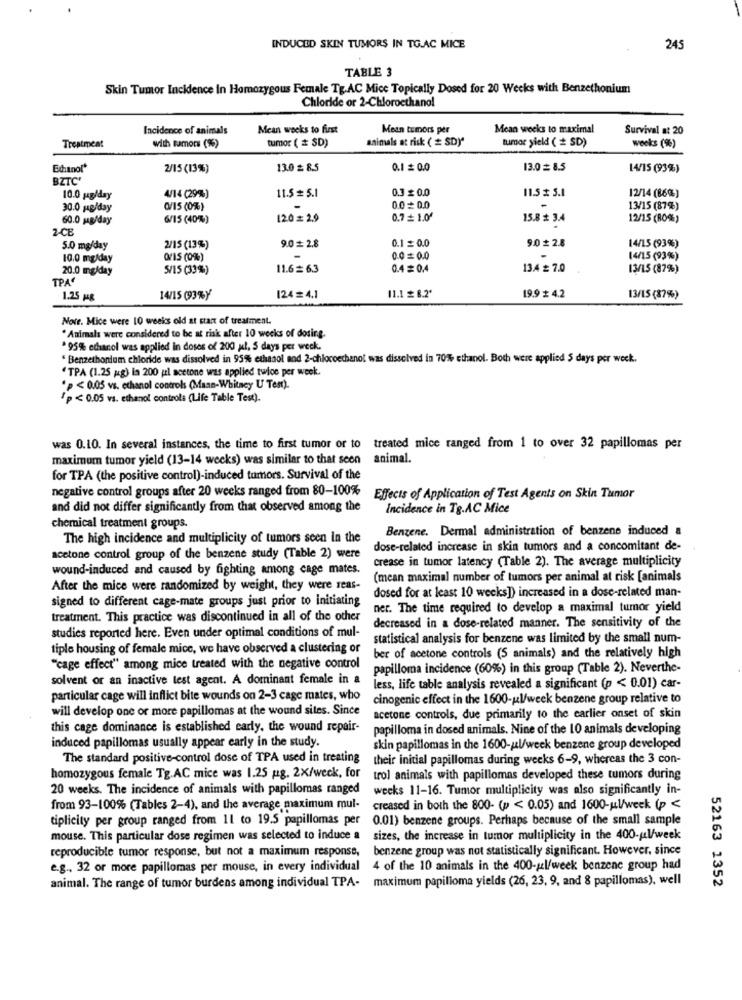
INDUCED SKIN TUMORS IN TG.AC MICE
245
TABLE 3
Skin Tumor Incidence In Homozygous Female TE.AC Mice Topically Dosed for 20 Weeks with Benzethonium
Chloride or 2-Chloroethanol
Incidence of animals
Mean weeks to first
Mean tumors per
Mean weeks to maximal
Survival at 20
tumor ( # SD)
animals at risk ( # SD)"
tumor yield ( * SD)
weeks (9%)
Treatment
with samors (%)
Edianol'
2/15 (13%)
13.0 = 8.5
0.1 ≤ 0.0
13.0 8.5
14/15 (93%)
BZTC'
0.3 £ 0.0
12/14 (86%)
10.0 gg/day
4/14 (299%)
11.5 # 5.1
11.5 x 5.1
30.0 mg/day
0/15 (0%)
0.0 0.0
-
13/15 (87%)
60.0 mg/day
6/15 (40%)
120= 2.9
0.7 = 1.04
15.8 # 3.4
12/15 (80%)
2-CB
0.1 = 0.0
14/15 (93%)
5.0 mg/day
2/15 (13%)
9.0 = 2.8
10.0 mg/day
OF15 (0%)
00=0.0
-
14/15 (93%)
20.0 mg/day
5/15 (33%)
11.6 6.3
0.4 = 0.4
13.4 # 7.0
13/15 (87%)
TPA
1.25 HR
14/15 (93%Y
124= 4.1
11.1 # 8.2'
19.9 # 4.2
13/15 (87%)
Note. Mice were 10 weeks old at start of treatment.
" Animals were considered to be at risk after 10 weeks of dosing.
95%% ethanol was applied in doses of 200 x1, 5 days per week.
" Benzethonium chloride was dissolved in 95% ethanol and 2-chlocoechanot was dissolved in 70% ethanol. Both were applied 5 days per week.
" TPA (1.25 ug) in 200 ul acetone was applied twice per week.
.p < 0.05 vs. ethanol controls (Mann-Whitney U Test).
/p < 0.05 vs. ethanol controla (Life Table Test).
was 0.10. In several instances, the time to first tumor or to treated mice ranged from 1 to over 32 papillomas per
maximum tumor yield (13-14 weeks) was similar to that seen animal.
for TPA (the positive control)-induced tumors. Survival of the
negative control groups after 20 weeks ranged from 80-100%
Effects of Application of Test Agents on Skin Tumor
and did not differ significantly from that observed among the
Incidence in Tg.AC Mice
chemical treatment groups.
Benzene. Dermal administration of benzene induced &
The high incidence and multiplicity of tumors seen In the
dose-related increase in skin tumors and a concomitant de-
acetone control group of the benzene study (Table 2) were
crease in tumor latency (Table 2). The average multiplicity
wound-induced and caused by fighting among cage mates.
(mean maximal number of tumors per animal at risk [animals
After the mice were randomized by weight, they were reas-
dosed for at least 10 weeks]) increased in a dose-related man-
signed to different cage-mate groups just prior to initiating
ner. The time required to develop a maximal tumor yield
treatment. This practice was discontinued in all of the other
decreased in a dose-related manner. The sensitivity of the
studies reported here. Even under optimal conditions of mul-
statistical analysis for benzene was limited by the small num-
tiple housing of female mice, we have observed a clustering or
ber of acetone controls (S animals) and the relatively high
"cage effect" among mice treated with the negative control
papilloma incidence (60%) in this group (Table 2). Neverthe-
solvent or an inactive test agent. A dominant female in a
less, life table analysis revealed a significant (p < 0.01) car-
particular cage will inflict bite wounds on 2-3 cage mates, who
cinogenic effect in the 1600-ul/week benzene group relative to
will develop one or more papillomas at the wound sites. Since
acetone controls, due primarily to the earlier onset of skin
this cage dominance is established early, the wound repair-
papilloma in dosed animals. Nine of the 10 animals developing
induced papillomas usually appear early in the study.
skin papillomas in the 1600-ul/week benzene group developed
The standard positive-control dose of TPA used in treating
their initial papillomas during weeks 6-9, whereas the 3 con-
homozygous female Tg.AC mice was 1.25 mg. 2x/week, for
trol animals with papillomas developed these tumors during
20 weeks. The incidence of animals with papillomas ranged
weeks 11-16. Tumor multiplicity was also significantly in-
from 93-100% (Tables 2-4), and the average maximum mul-
creased in both the 800- (p < 0.05) and 1600-ul/week (p <
tiplicity per group ranged from 11 to 19.5 papillomas per
0.01) benzene groups. Perhaps because of the small sample
mouse. This particular dose regimen was selected to induce a
sizes, the increase in tumor multiplicity in the 400-ul/week
reproducible tumor response, but not a maximum response, benzene group was not statistically significant. However, since
e.g ., 32 or more papillomas per mouse, in every individual 4 of the 10 animals in the 400-ul/week benzene group had
animal. The range of tumor burdens among individual TPA- maximum papilloma yields (26, 23, 9, and 8 papillomas), well
52163 1352